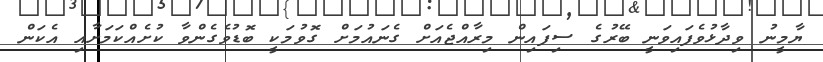
ޔާމީނު ވިދާޅުވެފައިވަނީ ބޭރުގެ ސިފައިން މިރާއްޖެއަށް ގެނައުމަށް ގޮވުމަކީ ބޮޑުވެގެންވާ ކުށެއްކަމަށާއި އެކަން